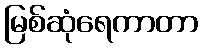
မြစ်ဆုံရေကာတာ